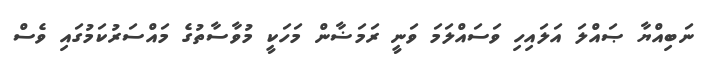
ނަބިއްޔާ ޞައްލަ އަލައިހި ވަސައްލަމަ ވަނީ ރަމަޟާން މަހަކީ މުވާސާތުގެ މައްސަރުކަމުގައި ވެސް